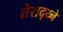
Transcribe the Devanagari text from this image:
तेराद्य्ने